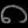
Digit: ၈